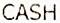
CASH